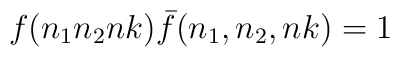
f(n_1n_2nk) {\bar f}(n_1,n_2,nk)=1